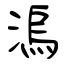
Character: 溩